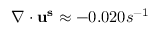
\nabla \cdot \mathbf { u ^ { s } } \approx - 0 . 0 2 0 s ^ { - 1 }